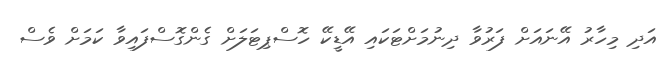
އަދި މިހާރު އޭނައަށް ފަރުވާ ދިނުމަށްޓަކައި އޭޑީކޭ ހޮސްޕިޓަލަށް ގެންގޮސްފައިވާ ކަމަށް ވެސް